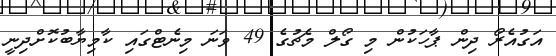
އަގުއެރޯ ދިން ޕާހަކުން މި ގޯލް މެޗުގެ 49 ވަނަ މިނެޓްގައި ކާމިޔާބުކޮށްދިނީ